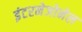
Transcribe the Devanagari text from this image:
इंटरनेजोनेल